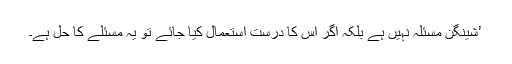
’شینگن مسئلہ نہیں ہے بلکہ اگر اس کا درست استعمال کیا جائے تو یہ مسئلے کا حل ہے۔